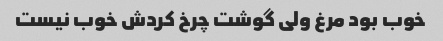
خوب بود مرغ ولی گوشت چرخ کردش خوب نیست